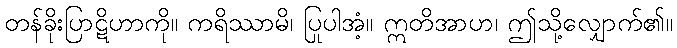
တန်ခိုးပြာဋိဟာကို။ ကရိဿာမိ၊ ပြုပါအံ့။ ဣတိအာဟ၊ ဤသို့လျှောက်၏။